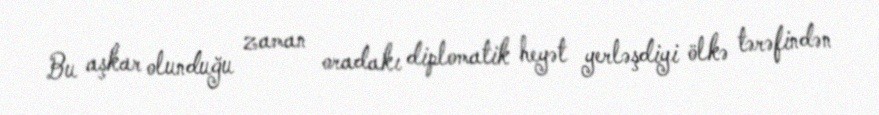
Bu aşkar olunduğu zaman oradakı diplomatik heyət yerləşdiyi ölkə tərəfindən